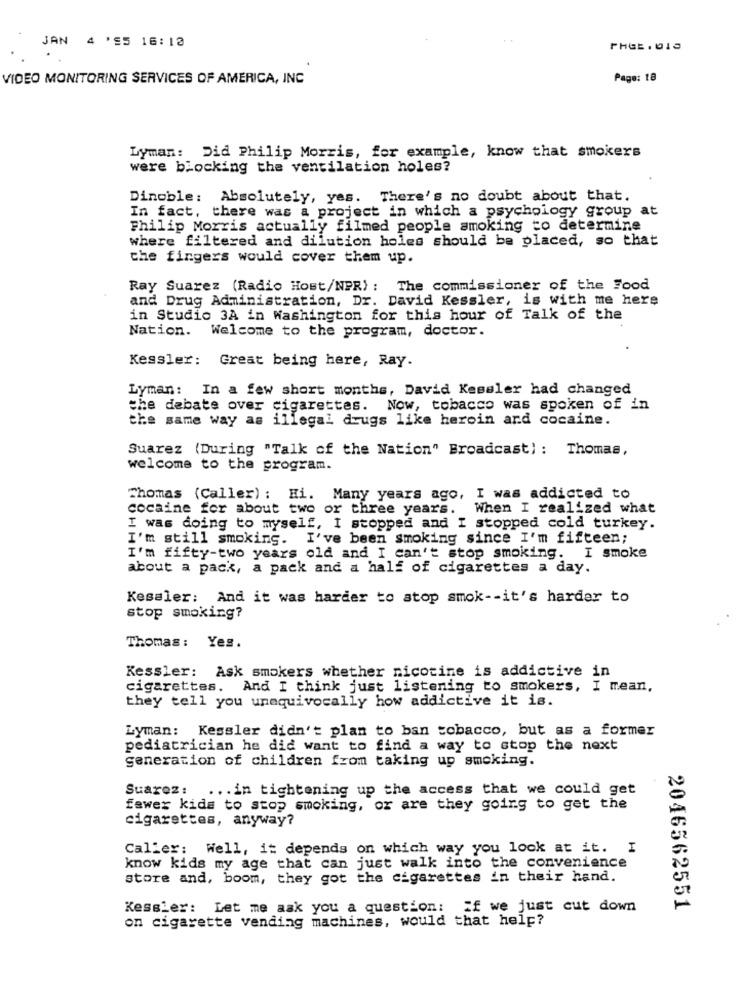
JAN 4 '95 16:18
PHGE . 015
VIDEO MONITORING SERVICES OF AMERICA, INC
Page: 18
Lyman: Did Philip Morris, for example, know that smokers
were blocking the ventilation holes?
Dinoble: Absolutely, yes. There's no doubt about that.
In fact, there was a project in which a psychology group at
Philip Morris actually filmed people smoking to determine
where filtered and dilution holes should be placed, so that
che fingers would cover them up.
Ray Suarez (Radio Host/NPR) : The commissioner of the Food
and Drug Administration, Dr. David Kessler, is with me here
in Studio 3A in Washington for this hour of Talk of the
Nation. Welcome to the program, doctor.
Kessler: Great being here, Ray.
Lyman: In a few short months, David Kessler had changed
the debate over cigarettes. Now, tobacco was spoken of in
the same way as illegal drugs like heroin and cocaine.
Suarez (During "Talk of the Nation" Broadcast): Thomas,
welcome to the program.
Thomas (Caller) : Hi. Many years ago, I was addicted to
cocaine for about two or three years. When I realized what
I was doing to myself, I stopped and I stopped cold turkey.
I'm still smoking. I've been smoking since I'm fifteen;
I smoke
I'm fifty-two years old and I can't stop smoking.
about a pack, a pack and a half of cigarettes a day.
Kessler: And it was harder to stop smok -- it's harder to
stop smoking?
Thomas: Yes.
Kessler: Ask smokers whether nicotine is addictive in
cigarettes. And I think just listening to smokers, I mean,
they tell you unequivocally how addictive it is.
Lyman: Kessler didn't plan to ban tobacco, but as a former
pediatrician he did want to find a way to stop the next
generation of children from taking up smoking.
Suarez :
... in tightening up the access that we could get
fewer kids to stop smoking, or are they going to get the
cigarettes, anyway?
Caller: Well, it depends on which way you look at it. I
know kids my age that can just walk into the convenience
store and, boom, they got the cigarettes in their hand.
Kessler: Let me ask you a question: If we just cut down
2046562551
on cigarette vending machines, would that help?